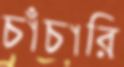
চাঁচারি